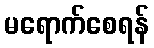
မရောက်စေရန်